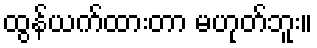
ထွန်ယက်ထားတာ မဟုတ်ဘူး။